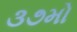
૩૭મો